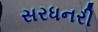
સરધનરી